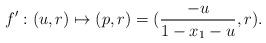
LaTeX: \begin{align*} f':(u,r)\mapsto (p,r)=(\dfrac{-u}{1-x_1-u},r). \end{align*}